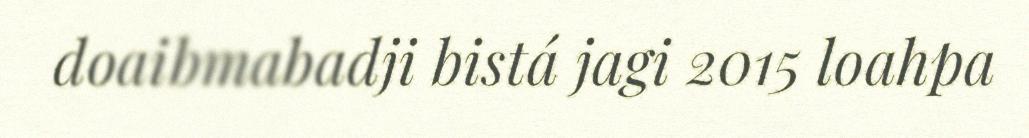
doaibmabadji bistá jagi 2015 loahpa